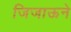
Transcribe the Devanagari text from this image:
जिजाऊने